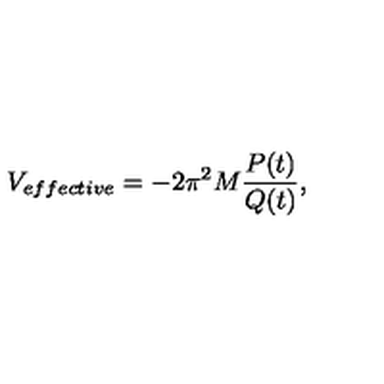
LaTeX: V _ { e f f e c t i v e } = - 2 \pi ^ { 2 } M \frac { P ( t ) } { Q ( t ) } ,